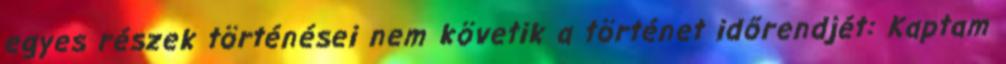
egyes részek történései nem követik a történet időrendjét: Kaptam